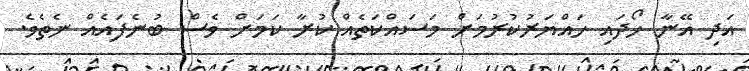
އަދި އޭނާ ހޯދައި ހައްޔަރުކުރުމަށް މަސައްކަތެއް ކުރާ ކަމަށް ވެސް ބުނެފައެއް ނެތެވެ.